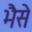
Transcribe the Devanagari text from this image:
भैसे